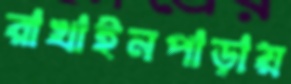
রাখাইনপাড়ায়